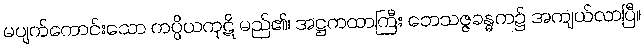
မပျက်ကောင်းသော ကပ္ပိယကုဋိ မည်၏၊ အဋ္ဌကထာကြီး ဘေသဇ္ဇခန္ဓက၌ အကျယ်လာပြီ။